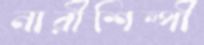
নারীশিল্পী